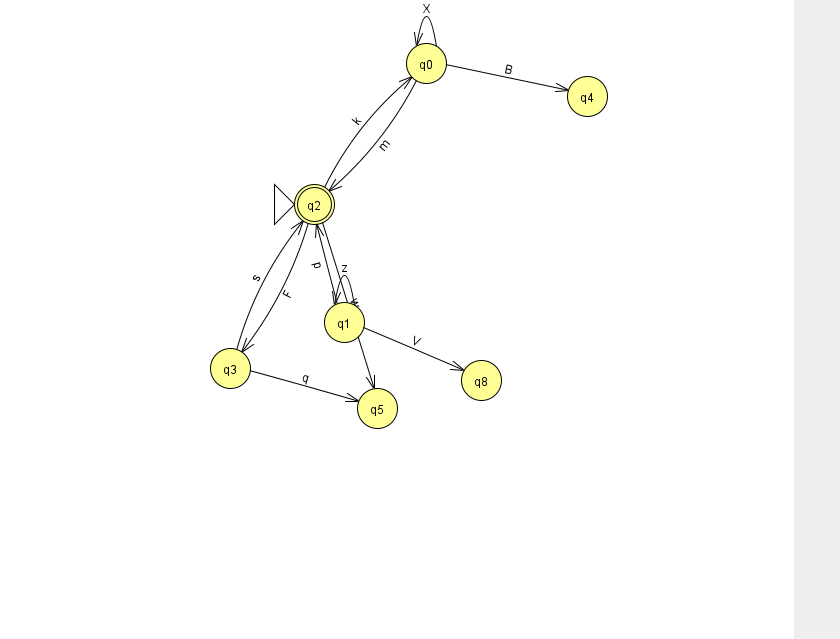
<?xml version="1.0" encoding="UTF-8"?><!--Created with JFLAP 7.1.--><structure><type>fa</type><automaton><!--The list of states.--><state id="0" name="q0"><x>426.0</x><y>50.0</y></state><state id="1" name="q1"><x>344.0</x><y>309.0</y></state><state id="2" name="q2"><x>314.0</x><y>191.0</y><initial/><final/></state><state id="3" name="q3"><x>230.0</x><y>355.0</y></state><state id="4" name="q4"><x>587.0</x><y>83.0</y></state><state id="5" name="q5"><x>377.0</x><y>395.0</y></state><state id="8" name="q8"><x>481.0</x><y>367.0</y></state><!--The list of transitions.--><transition><from>0</from><to>2</to><read>m</read></transition><transition><from>1</from><to>8</to><read>V</read></transition><transition><from>2</from><to>3</to><read>F</read></transition><transition><from>2</from><to>0</to><read>k</read></transition><transition><from>3</from><to>2</to><read>s</read></transition><transition><from>0</from><to>0</to><read>X</read></transition><transition><from>0</from><to>4</to><read>B</read></transition><transition><from>1</from><to>1</to><read>z</read></transition><transition><from>1</from><to>2</to><read>p</read></transition><transition><from>3</from><to>5</to><read>q</read></transition><transition><from>2</from><to>5</to><read>w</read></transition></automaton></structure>